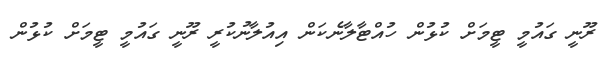
ރޫނީ ގައުމީ ޓީމަށް ކުޅުން ހުއްޓާލާނެކަން އިއުލާނުކުރީ ރޫނީ ގައުމީ ޓީމަށް ކުޅުން